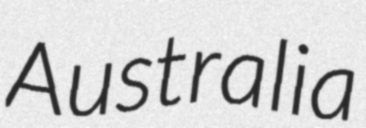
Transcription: Australia